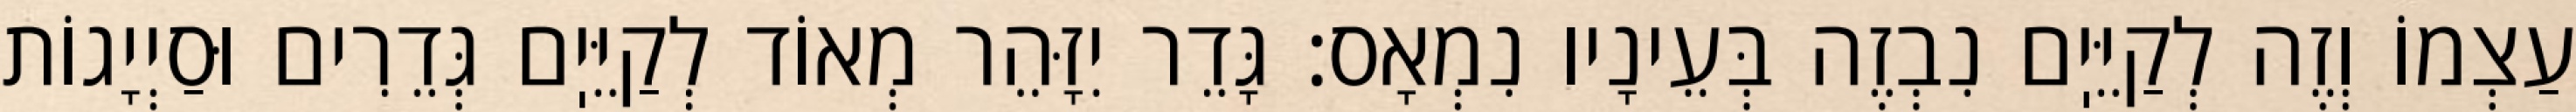
עַצְמוֹ וְזֶה לְקַיֵּיֽם נִבְזֶה בְּעֵינָיו נִמְאָס: גָּדֵר יִזָּהֵר מְאוֹד לְקַיֵּיֽם גְּדֵרִים וּסַיְיָגוֹת